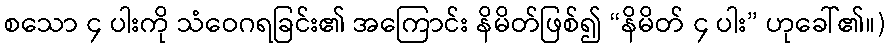
စသော ၄ ပါးကို သံဝေဂရခြင်း၏ အကြောင်း နိမိတ်ဖြစ်၍ “နိမိတ် ၄ ပါး” ဟုခေါ်၏။)